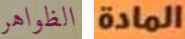
الظواهر المادة